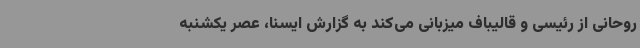
روحانی از رئیسی و قالیباف میزبانی می‌کند به گزارش ایسنا، عصر یکشنبه